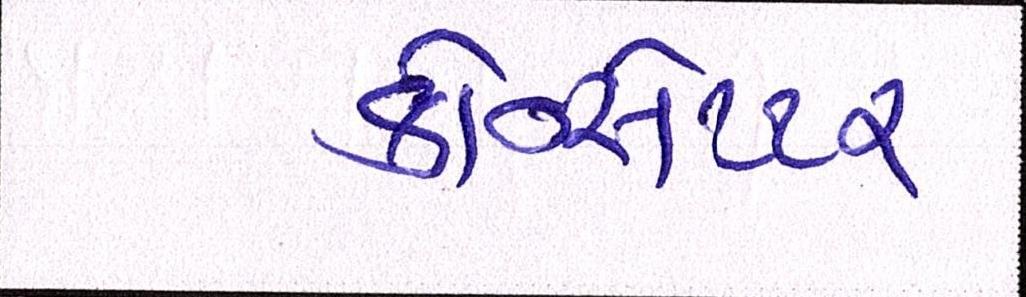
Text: કોન્સેપ્ટને